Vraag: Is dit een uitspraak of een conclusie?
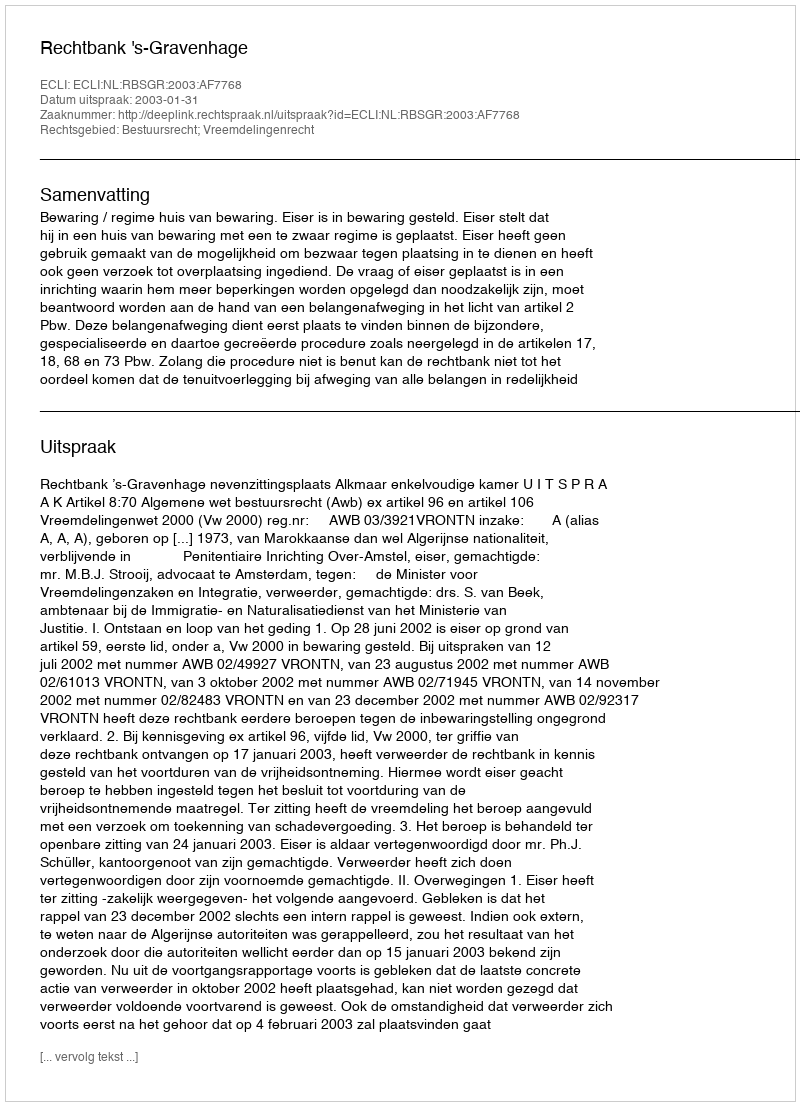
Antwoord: Uitspraak